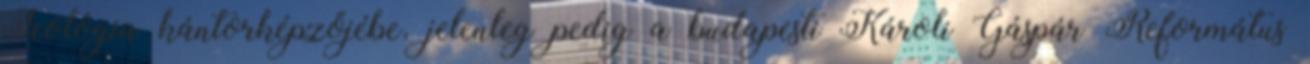
Teológia kántorképzőjébe, jelenleg pedig a budapesti Károli Gáspár Református